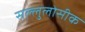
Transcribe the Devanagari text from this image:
सल्लुलोसीक